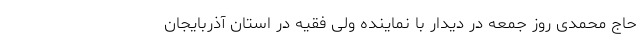
حاج محمدی روز جمعه در دیدار با نماینده ولی فقیه در استان آذربایجان